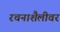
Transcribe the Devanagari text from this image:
रचनाशैलीवर